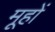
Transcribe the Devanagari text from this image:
मूहों